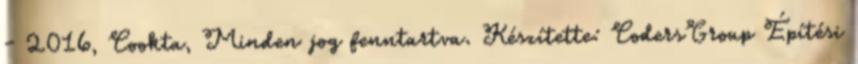
- 2016, Cookta, Minden jog fenntartva. Készítette: CodersGroup Építési